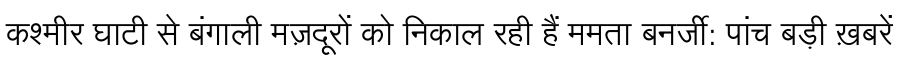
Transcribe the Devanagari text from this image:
कश्मीर घाटी से बंगाली मज़दूरों को निकाल रही हैं ममता बनर्जी: पांच बड़ी ख़बरें